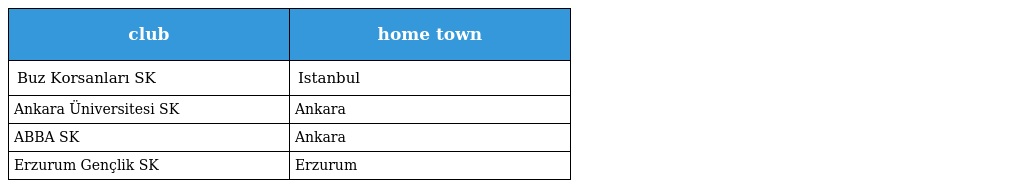
| club | home town |
 | --- | --- |
 | Buz Korsanları SK | Istanbul |
 | Ankara Üniversitesi SK | Ankara |
 | ABBA SK | Ankara |
 | Erzurum Gençlik SK | Erzurum |